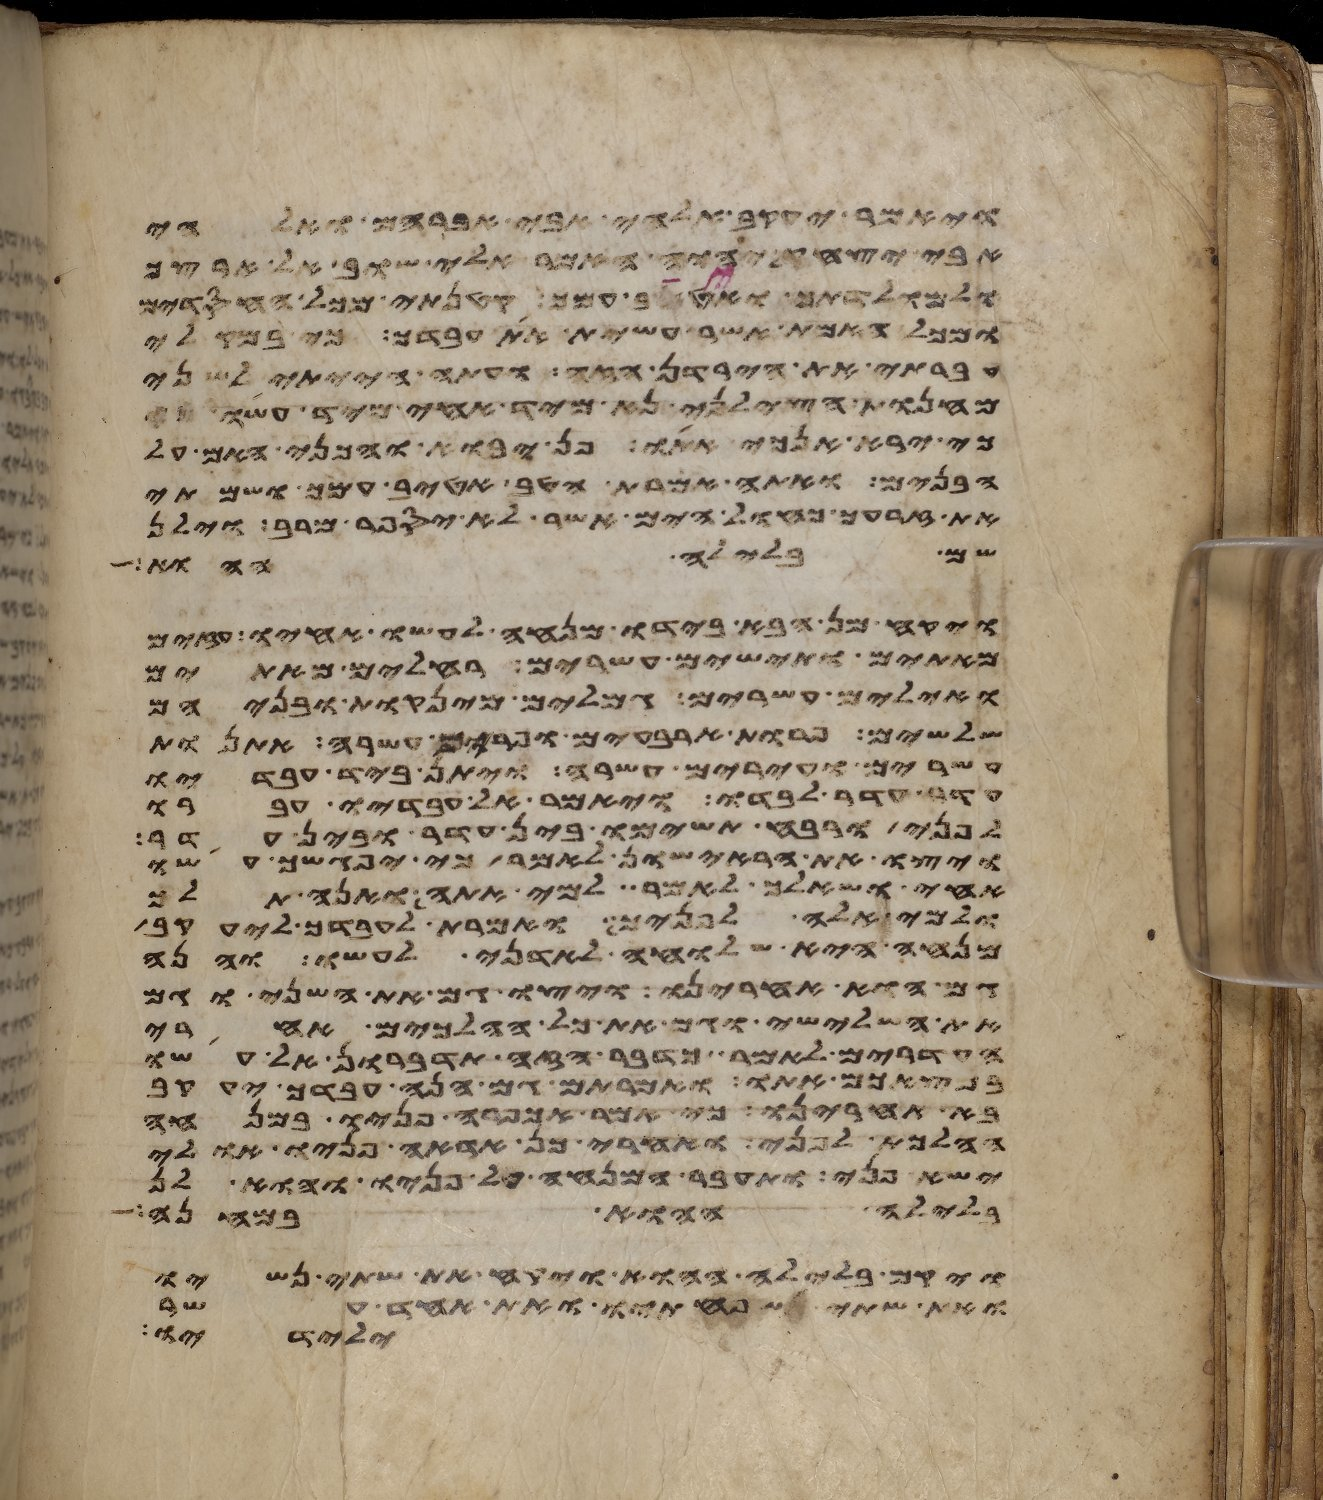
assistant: ויאמר יעקב אלהי אבי אברהם ואלהי
אבי יצחק יהוה אמר אלי שוב אל ארצך
ואל מולדתך ואטיב עמך קטנתי מכל החסדים
ומכל האמת אשר עשית את עבדך כי במקלי
עברתי את הירדן הזה ועתה הייתי לשני
מחנות הצלני נא מיד אחי מיד עשו כי
כי ירא אנכי אתו פן יבוא והכני האם על
הבנים ואתה אמרת הטיב אטיב עמך ושמתי
את זרעך כחול הים אשר לא יספר מרב וילן
שם בלילה ההוא
ויקח מן הבא בידו מנחה לעשו אחיו עזים
מאתים ותישים עשרים רחלים מאתים
ואילים עשרים גמלים מינקות ובניהם
שלשים פרות ארבעים ופרים עשרה אתנות
עשרים ועירים עשרה ויתן ביד עבדיו
עדר עדר לבדו ויאמר אל עבדיו עברו
לפני ורוח תשימו בין עדר ובין עדר
ויצו את הראישון לאמר כי יפגשך עשו
אחי ושאלך לאמר למי אתה ואנה תלך
ולמי אלה לפניך ואמרת לעבדך ליעקב
מנחה היא שלוחה לאדני לעשו והנה
גם הוא אחרינו ויצו גם את השני וגם
את השלישי וגם את כל ההלכים אחרי
העדרים לאמר כדבר הזה תדברון אל עשו
במצאכם אתו ואמרתם גם הנה עבדך יעקב
בא אחרינו כי אמר אכפרה פניו במנחה
ההלכת לפני ואחרי כן אראה פניו אולי
ישא פני ותעבר המנחה על פניו והוא לן
בלילה ההוא במחנה
ויקם בלילה ההוא ויקח את שתי נשיו
ואת שתי שפחתיו ואת אחד עשר
ילידיו